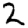
Digit: 2